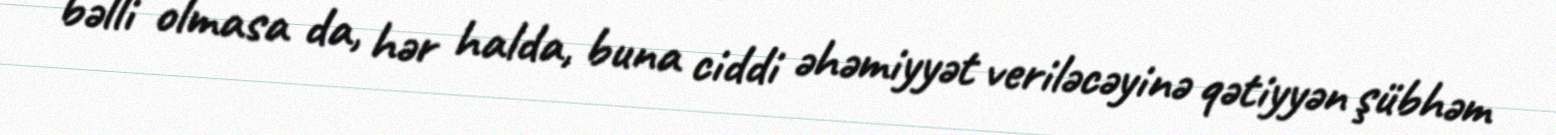
bəlli olmasa da, hər halda, buna ciddi əhəmiyyət veriləcəyinə qətiyyən şübhəm